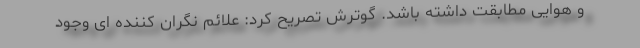
و هوایی مطابقت داشته باشد. گوترش تصریح کرد: علائم نگران کننده ای وجود